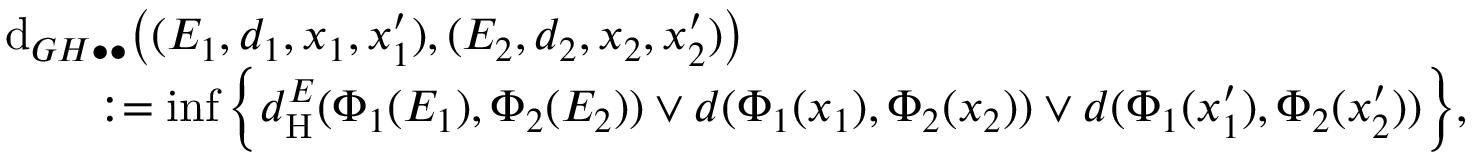
\begin{array} { r l } & { \mathrm { d } _ { G H \bullet \bullet } \big ( ( E _ { 1 } , d _ { 1 } , x _ { 1 } , x _ { 1 } ^ { \prime } ) , ( E _ { 2 } , d _ { 2 } , x _ { 2 } , x _ { 2 } ^ { \prime } ) \big ) } \\ & { \qquad : = \operatorname* { i n f } \Big \{ d _ { \mathrm { H } } ^ { E } ( \Phi _ { 1 } ( E _ { 1 } ) , \Phi _ { 2 } ( E _ { 2 } ) ) \vee d ( \Phi _ { 1 } ( x _ { 1 } ) , \Phi _ { 2 } ( x _ { 2 } ) ) \vee d ( \Phi _ { 1 } ( x _ { 1 } ^ { \prime } ) , \Phi _ { 2 } ( x _ { 2 } ^ { \prime } ) ) \Big \} , } \end{array}